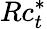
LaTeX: Rc_{t}^{*}